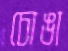
চোঙা